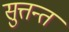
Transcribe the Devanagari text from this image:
सुत्तन्त